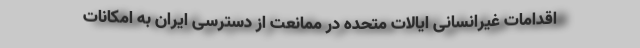
اقدامات غیرانسانی ایالات متحده در ممانعت از دسترسی ایران به امکانات